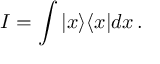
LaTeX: I = \int | x \rangle \langle x | d x \, .